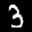
Label: 3